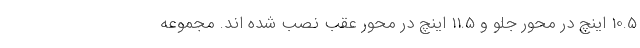
10.5 اینچ در محور جلو و 11.5 اینچ در محور عقب نصب شده اند. مجموعه